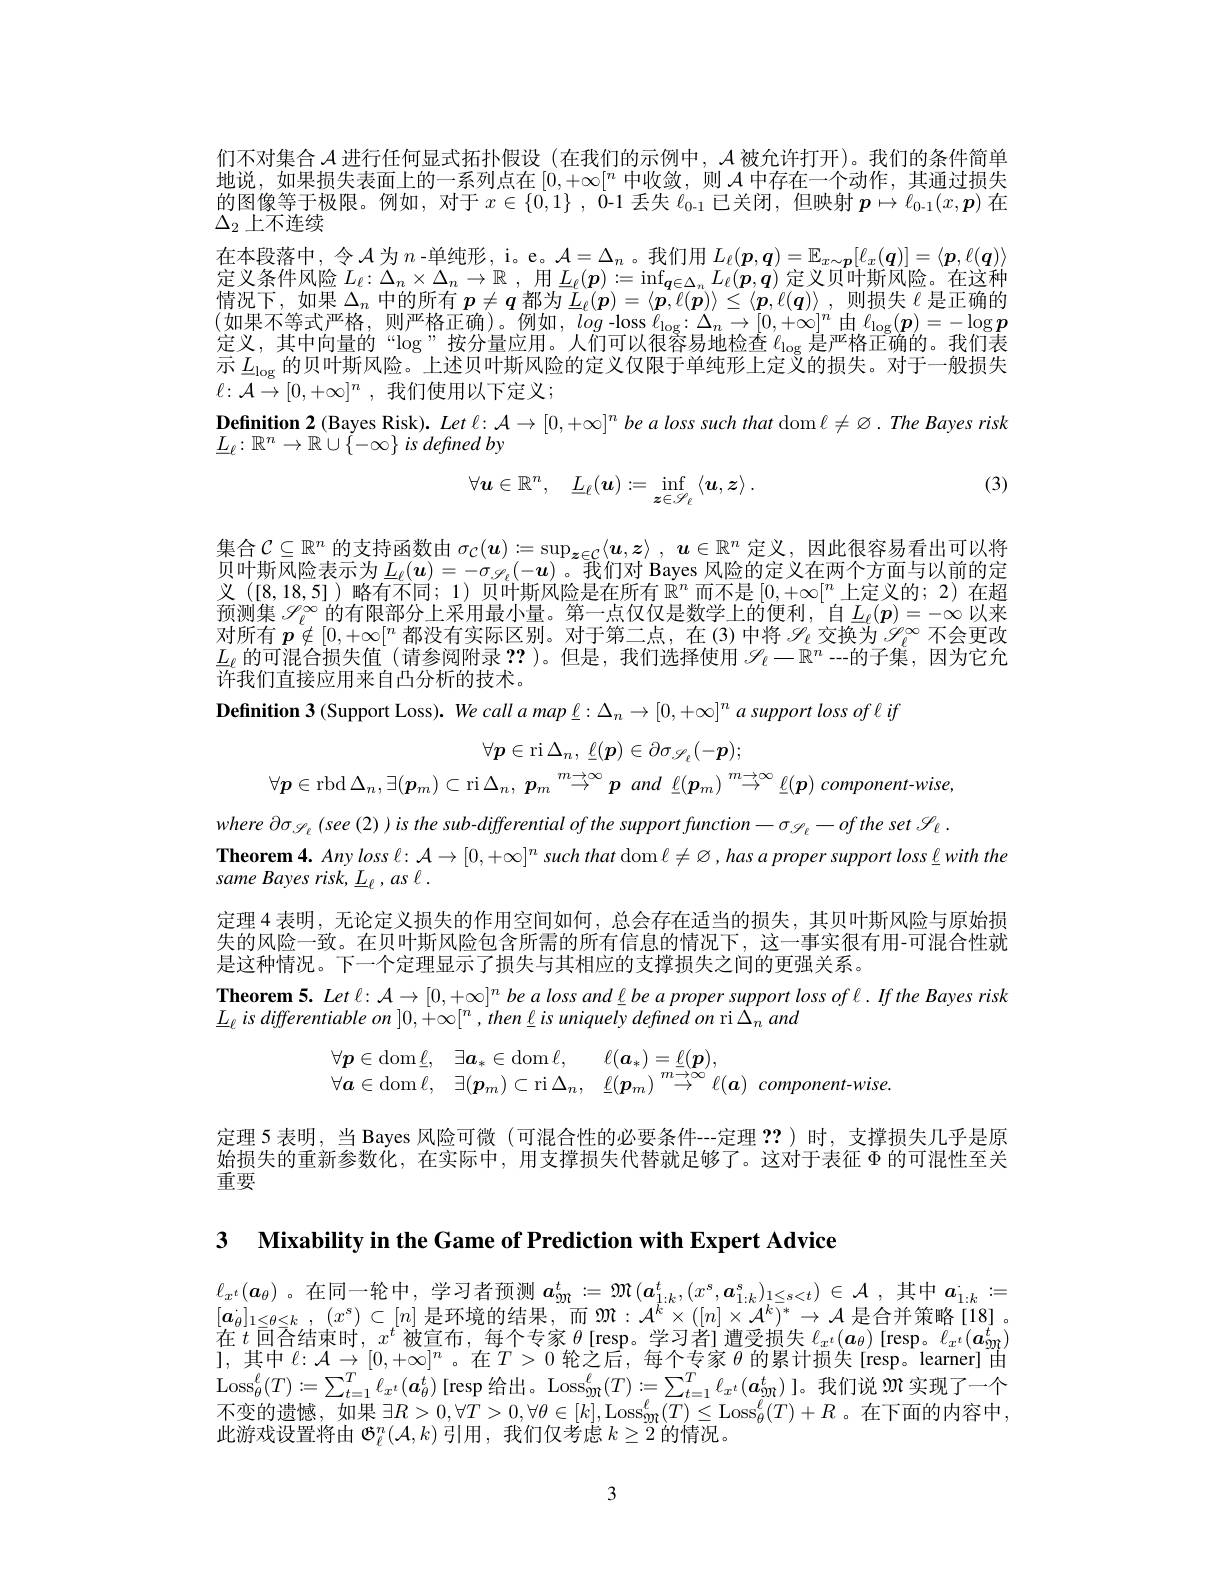
们不对集合$\mathcal{A}$进行任何显式拓扑假设 (在我们的示例中，$\mathcal{A}$被允许打开)。我们的条件简单地说，如果损失表面上的一系列点在$[0,+\infty[^n$中收敛，则$\mathcal{A}$中存在一个动作，其通过损失的图像等于极限。例如，对于$x\in\{0,1\}$, 0-1 丢失$\ell_0-1$已关闭，但映射$\boldsymbol p\mapsto\ell_0-1(x,\boldsymbol{p})$在$\Delta_2$上不连续
在本段落中，令$\mathcal{A}$为$n$ -单纯形，i。e。$\mathcal{A}=\Delta_n$。我们用$L_\ell(\boldsymbol{p},\boldsymbol{q})=\mathbb{E}_{x\sim\boldsymbol{p}}[\ell_x(\boldsymbol{q})]=\langle\boldsymbol{p},\ell(\boldsymbol{q})\rangle$ 定义条件风险$L_\ell:\Delta_n\times\Delta_n\to\mathbb{R}$ ,用$\underline{L}_\ell(\boldsymbol{p}):=\inf_{\boldsymbol{q}\in\Delta_n}L_\ell(\boldsymbol{p},\boldsymbol{q})$定义贝叶斯风险。在这种情况下，如果$\Delta_n$ 中的所有 $p\neq q$ 都为 $L_\ell(p)=\langle\boldsymbol{p},\ell(\boldsymbol{p})\rangle\leq\langle\boldsymbol{p},\ell(\boldsymbol{q})\rangle$, 则损失$\ell$是正确的(如果不等式严格，则严格正确)。例如，log-loss $\ell_\mathrm{log}:\Delta_n\to[0,+\infty]^n$由$\ell_\mathrm{log}(\boldsymbol{p})=-\log\boldsymbol{p}$ 定义，其中向量的“log”按分量应用。人们可以很容易地检查$\ell_\mathrm{log}$是严格正确的。我们表示$L_\mathrm{log}$的贝叶斯风险。上述贝叶斯风险的定义仅限于单纯形上定义的损失。对于一般损失$\ell : {\mathcal{A} }\to [ 0, + \infty ] ^{n}$ , 我们使用以下定义；
$\textbf{Definition 2 ( Bayes Risk) . Let : }\mathcal{A} \to [ 0, + \infty ] ^n$ be a loss such that dom $\ell\neq\varnothing.The$ Bayes risk
$\underline{L}_\ell:\mathbb{R}^n\to\mathbb{R}\cup\left\{-\infty\right\}is^{\prime}definedby$
(3)
$$\forall\boldsymbol{u}\in\mathbb{R}^n,\quad\underline{L}_\ell(\boldsymbol{u}):=\inf_{\boldsymbol{z}\in\mathscr{S}_\ell}\left\langle\boldsymbol{u},\boldsymbol{z}\right\rangle.$$
集合$\mathcal{C}\subseteq\mathbb{R}^n$的支持函数由$\sigma _C( \boldsymbol{u}) : = \sup _{\boldsymbol{z}\in \mathcal{C} }\langle \boldsymbol{u}, \boldsymbol{z}\rangle$ $, \boldsymbol{u}\in \mathbb{R} ^n$定义，因此很容易看出可以将贝叶斯风险表示为$\underline{L}_\ell(\boldsymbol{u})=-\sigma_{\mathscr{S}_\ell}(-\boldsymbol{u})$。我们对 Bayes 风险的定义在两个方面与以前的定义 ([8,18,5])略有不同；1) 贝叶斯风险是在所有$\mathbb{R}^n$而不是$[0,+\infty[^n$上定义的；2) 在超预测集$\mathscr{S}_\ell^\infty$的有限部分上采用最小量。第一点仅仅是数学上的便利，自$L_\ell(\boldsymbol{p})=-\infty$以来对所有$\boldsymbol{p}\notin[0,+\infty[^n$都没有实际区别。对于第二点，在(3)中将$\mathscr{S}_\ell$交换为$\mathscr{S}_\ell^\infty$不会更改$\underline{L}_\ell$的可混合损失值 (请参阅附录？?)。但是，我们选择使用$\mathscr{C}_\ell-\mathbb{R}^n-$-的子集，因为它允许我们直接应用来自凸分析的技术。
Definition 3 (Support Loss). We call a map $\underline{\ell}:\Delta_n\to[0,+\infty]^n$ a support loss of l if

$\forall p\in \operatorname { ri} \Delta _n$, $\underline {\ell }( \boldsymbol{p}) \in \partial \sigma _{\mathcal{S} _\ell }( - \boldsymbol{p}) ;$

$\forall\boldsymbol{p}\in$rbd$\Delta_n,\exists(\boldsymbol{p}_m)\subset$ri$\Delta_n,\boldsymbol{p}_m\overset{m\to\infty}{\operatorname*{\rightarrow}}\boldsymbol{p}$ and $\underline {\ell }( \boldsymbol{p}_m) \overset {m\to \infty }{\operatorname* { \operatorname* { \rightarrow } } }\underline {\ell }( \boldsymbol{p}) \textit{ component- wise}$, where $\partial\sigma_{\mathcal{S}_{\ell}}\left(see\left(2\right)\right)is$ the sub-differential of the support function- $\sigma_{\mathcal{S}_{\ell}}-of$ the set $\mathscr{S}_{\ell}$ Theorem4. Anyloss $\ell:\mathcal{A}\to[0,+\infty]^n$ such that dom $\ell\neq\varnothing,hasaproper$ support loss $\underline{\varrho}$with the
same Bayes risk, L l , as l .
定理 4 表明，无论定义损失的作用空间如何，总会存在适当的损失，其贝叶斯风险与原始损失的风险一致。在贝叶斯风险包含所需的所有信息的情况下，这一事实很有用-可混合性就是这种情况。下一个定理显示了损失与其相应的支撑损失之间的更强关系。

Theorem 5. $Let\ell:\mathcal{A}\to[0,+\infty]^n$ be a loss and l be a proper support loss of l. If the Bayes risk
$\underline{L}_{\ell}$ is differentiable on $]0,+\infty[^n,then\underline{\ell}is$ uniquely defined on ri $\Delta_nand$
$$\begin{array}{lll}\forall\boldsymbol{p}\in\operatorname{dom}\underline{\ell},&\exists\boldsymbol{a}_*\in\operatorname{dom}\ell,&\ell(\boldsymbol{a}_*)=\underline{\ell}(\boldsymbol{p}),\\\forall\boldsymbol{a}\in\operatorname{dom}\ell,&\exists(\boldsymbol{p}_m)\subset\operatorname{ri}\Delta_n,&\underline{\ell}(\boldsymbol{p}_m)\stackrel{m\to\infty}{\to}\ell(\boldsymbol{a})\:component-wise.\end{array}$$
定理 5 表明，当 Bayes 风险可微 (可混合性的必要条件---定理 ??) 时，支撑损失几乎是原始损失的重新参数化，在实际中，用支撑损失代替就足够了。这对于表征$\Phi$的可混性至关重要

3 $\textbf{Mixability in the Game of Prediction with Expert Advice}$

$\ell_{x^t}(\boldsymbol{a}_\theta)$ 。在同一轮中，学习者预测$\boldsymbol{a}_\mathrm{m} ^t: = \mathfrak{M} ( \boldsymbol{a}_{1: k}^t, ( x^s, \boldsymbol{a}_{1: k}^s) _{1\leq s< t}) \in \mathcal{A} $,其中$a_1:k:=$ $[ \boldsymbol{a}_{\theta }] _{1\leq \theta \leq k}$ , $( x^{s})$ $\subset [ n]$ 是环境的结果，而$\mathcal{M}:\mathcal{A}^{\bar{k}}\times([n]\times\mathcal{A}^{\bar{k}})^{*}\rightarrow\mathcal{A}$ 是合并策略[18] 。在$t$回合结束时，$x^t$被宣布，每个专家$\theta$ [resp。学习者]遭受损失$\ell_x^t(\boldsymbol{a}_\theta)$ [resp。$\ell_x^t(\boldsymbol{a}_{2\mathrm{m}}^t)$ I, 其 中 $\ell : \mathcal{A} \to [ 0, + \infty ] ^n$。在$T>0$轮之后，每个专家$\theta$的累计损失[resp。learner]由$\mathrm{Loss}_\theta^\ell(T):=\sum_{t=1}^T\ell_{x^t}(\boldsymbol{a}_\theta^t)$[resp 给出。Loss$_{\mathfrak{m}}^\ell(T):=\sum_{t=1}^T\ell_{x^t}(\boldsymbol{a}_{\mathfrak{m}}^t)$]。我们说$\mathfrak{m}$实现了一个不变的遗憾，如果 $\exists R>0,\forall T>0,\forall\theta\in[k],\mathrm{Loss}_{2\mathrm{m}}^\ell(T)\leq\mathrm{Loss}_\theta^\ell(T)+R$。在下面的内容中， 此游戏设置将由$\mathcal{O}_\ell^n(\mathcal{A},k)$引用 ,我们仅考虑$k\geq2$的情况。

3